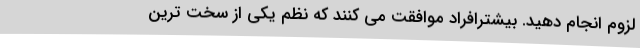
لزوم انجام دهید. بیشترافراد موافقت می کنند که نظم یکی از سخت ترین